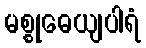
မစ္စုဓေယျပါရံ